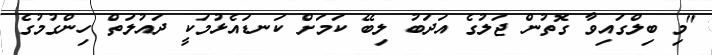
"މި ބިލްގައިވާ ގޮތުން ޖަލުގެ އަދަބު ލިބޭ ކަމަށް ކަނޑައެޅުމަކީ ދައުލަތް ހިންގުމުގެ